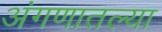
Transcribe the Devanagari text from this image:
अंगणातल्या